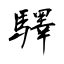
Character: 驛